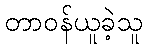
တာဝန်ယူခဲ့သူ